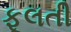
ફૂલતી